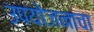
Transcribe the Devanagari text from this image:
उपयोजनाचा